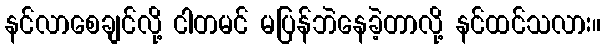
နင်လာစေချင်လို့ ငါတမင် မပြန်ဘဲနေခဲ့တာလို့ နင်ထင်သလား။